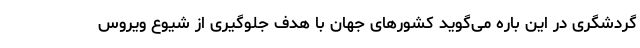
گردشگری در این باره می‌گوید کشورهای جهان با هدف جلوگیری از شیوع ویروس